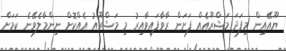
ޔޫއޭއިން މިފަދަ މަޝްރޫއެއް ފަށަން ރާވާފައިވާއިރު މި މަޝްރޫއު އެއްކޮށް ނިންމާލެވޭނެ ކަމަށް